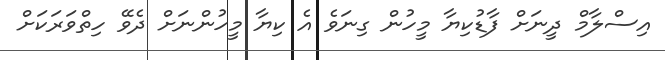
އިސްލާމް ދީނަށް ފާޑުކިޔާ މީހުން ގިނަވެ އެ ކިޔާ މީހުންނަށް ދެވޭ ހިތްވަރަކަށް